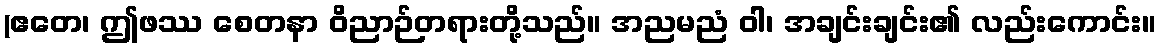
(ဧတေ၊ ဤဖဿ စေတနာ ဝိညာဉ်တရားတို့သည်။ အညမညံ ဝါ၊ အချင်းချင်း၏ လည်းကောင်း။